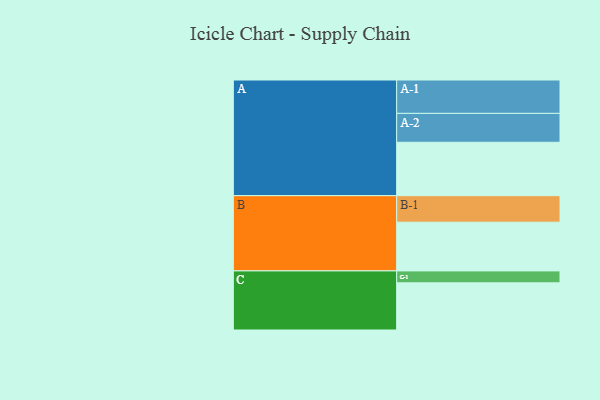
{"axis": {"x": "Segment", "y": "Value"}, "legend": ["", "A", "B", "C"], "data": [{"x": "A", "y": 403, "type": ""}, {"x": "B", "y": 368, "type": ""}, {"x": "C", "y": 356, "type": ""}, {"x": "A-1", "y": 252, "type": "A"}, {"x": "A-2", "y": 218, "type": "A"}, {"x": "B-1", "y": 200, "type": "B"}, {"x": "C-1", "y": 90, "type": "C"}]}